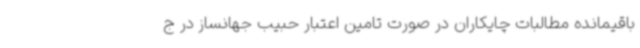
باقیمانده مطالبات چایکاران در صورت تامین اعتبار حبیب جهانساز در ج